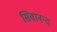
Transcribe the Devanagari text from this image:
सिवानन्द